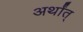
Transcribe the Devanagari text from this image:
अर्थांत्‌